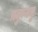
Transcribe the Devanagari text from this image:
प्रद्युम्नमु